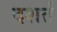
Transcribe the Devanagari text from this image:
दशर्तं